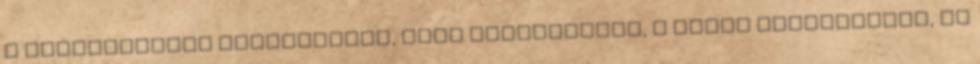
a paradicsomot meghámozzuk, majd összevágjuk, a tököt meghámozzuk, és